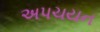
અપચયન